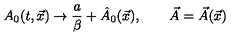
A _ { 0 } ( t , \vec { x } ) \rightarrow { \frac { a } { \beta } } + \hat { A } _ { 0 } ( \vec { x } ) , \qquad \vec { A } = \vec { A } ( \vec { x } )